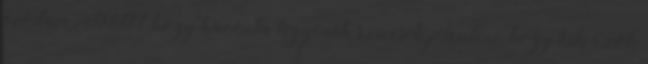
óvodavezetőktől, hogy havonta legyenek szívesek jelenteni, hogy kik azok